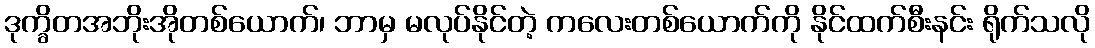
ဒုက္ခိတအဘိုးအိုတစ်ယောက်၊ ဘာမှ မလုပ်နိုင်တဲ့ ကလေးတစ်ယောက်ကို နိုင်ထက်စီးနင်း ရိုက်သလို